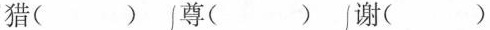
猎（ ） 尊（ ）谢（ ）